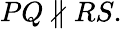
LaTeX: PQ\not\parallel RS.